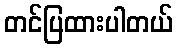
တင်ပြထားပါတယ်